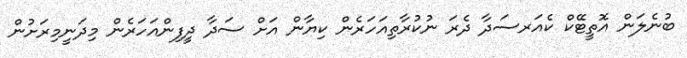
ބުނެލަން އޮތީޓޭކް ކެއަރސަދާ ދެރަ ނުކުރާތިއަހަރެން ކިޔާން އަށް ސަދާ ދީފިންއަހަރެން މިދަނީމިރަށުން